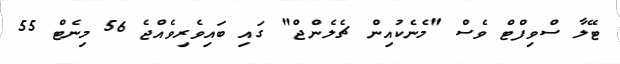
ޓޭލާ ސްވިފްޓް ވެސް "މެނެކުއިން ޗެލެންޖް" ގައި ބައިވެރިވެއްޖެ 56 މިނެޓް 55